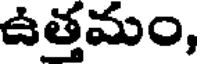
ఉత్తమం,